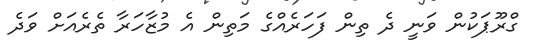
ގްރޫޕަކުން ވަނީ ދެ ތިން ފަހަރެއްގެ މަތިން އެ މުޒާހަރާ ތެރެއަށް ވަދެ